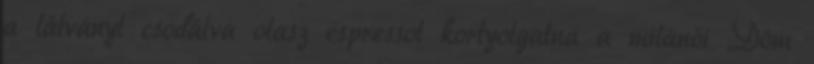
a látványt csodálva olasz espressot kortyolgatna a milánói Dóm